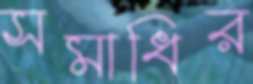
সমাধির